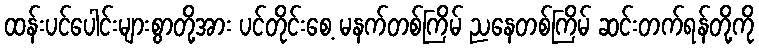
ထန်းပင်ပေါင်းများစွာတို့အား ပင်တိုင်းစေ့ မနက်တစ်ကြိမ် ညနေတစ်ကြိမ် ဆင်းတက်ရန်တို့ကို